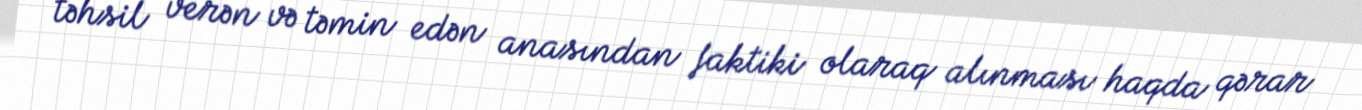
təhsil verən və təmin edən anasından faktiki olaraq alınması haqda qərar